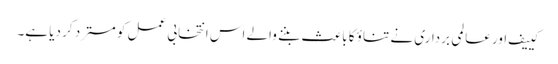
کییف اور عالمی برداری نے تناؤ کا باعث بننے والے اس انتخابی عمل کو مسترد کر دیا ہے۔